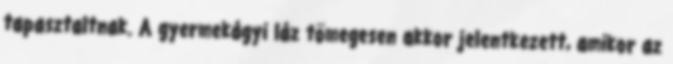
tapasztaltnak. A gyermekágyi láz tömegesen akkor jelentkezett, amikor az